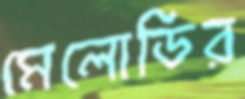
মেলোডির